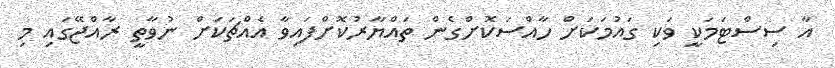
އާ ސިސްޓަމަކީ ވަކި ގައުމަކަށް ހާއްސަކޮށްގެން ތައްޔާރުކޮށްފައިވާ އެއްޗަކަށް ނުވާތީ ރާއްޖޭގައި މި